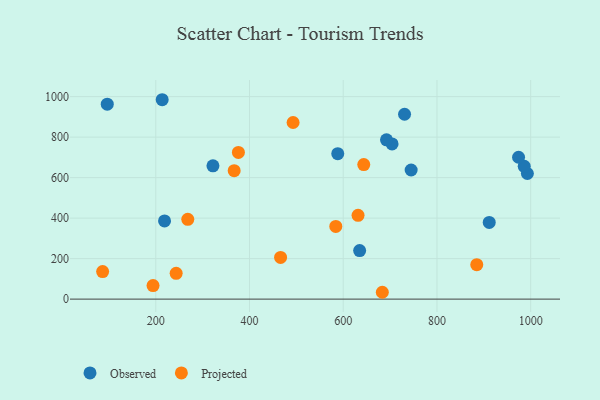
{"axis": {"x": "Speed", "y": "Profit"}, "legend": ["Observed", "Projected"], "data": [{"x": "911.5", "y": 378.9, "type": "Observed"}, {"x": "635.0", "y": 239.8, "type": "Observed"}, {"x": "588.3", "y": 718.3, "type": "Observed"}, {"x": "322.0", "y": 658.4, "type": "Observed"}, {"x": "730.8", "y": 912.9, "type": "Observed"}, {"x": "218.7", "y": 386.0, "type": "Observed"}, {"x": "992.9", "y": 620.3, "type": "Observed"}, {"x": "96.5", "y": 962.7, "type": "Observed"}, {"x": "213.7", "y": 984.6, "type": "Observed"}, {"x": "704.2", "y": 766.4, "type": "Observed"}, {"x": "744.9", "y": 637.7, "type": "Observed"}, {"x": "692.3", "y": 786.8, "type": "Observed"}, {"x": "986.2", "y": 655.6, "type": "Observed"}, {"x": "974.1", "y": 700.5, "type": "Observed"}, {"x": "631.6", "y": 413.7, "type": "Projected"}, {"x": "884.9", "y": 169.9, "type": "Projected"}, {"x": "584.1", "y": 359.1, "type": "Projected"}, {"x": "194.2", "y": 66.9, "type": "Projected"}, {"x": "466.3", "y": 205.8, "type": "Projected"}, {"x": "643.8", "y": 664.2, "type": "Projected"}, {"x": "86.6", "y": 135.9, "type": "Projected"}, {"x": "243.5", "y": 127.5, "type": "Projected"}, {"x": "493.0", "y": 872.2, "type": "Projected"}, {"x": "376.3", "y": 724.5, "type": "Projected"}, {"x": "268.3", "y": 393.9, "type": "Projected"}, {"x": "367.3", "y": 634.3, "type": "Projected"}, {"x": "683.4", "y": 33.8, "type": "Projected"}]}